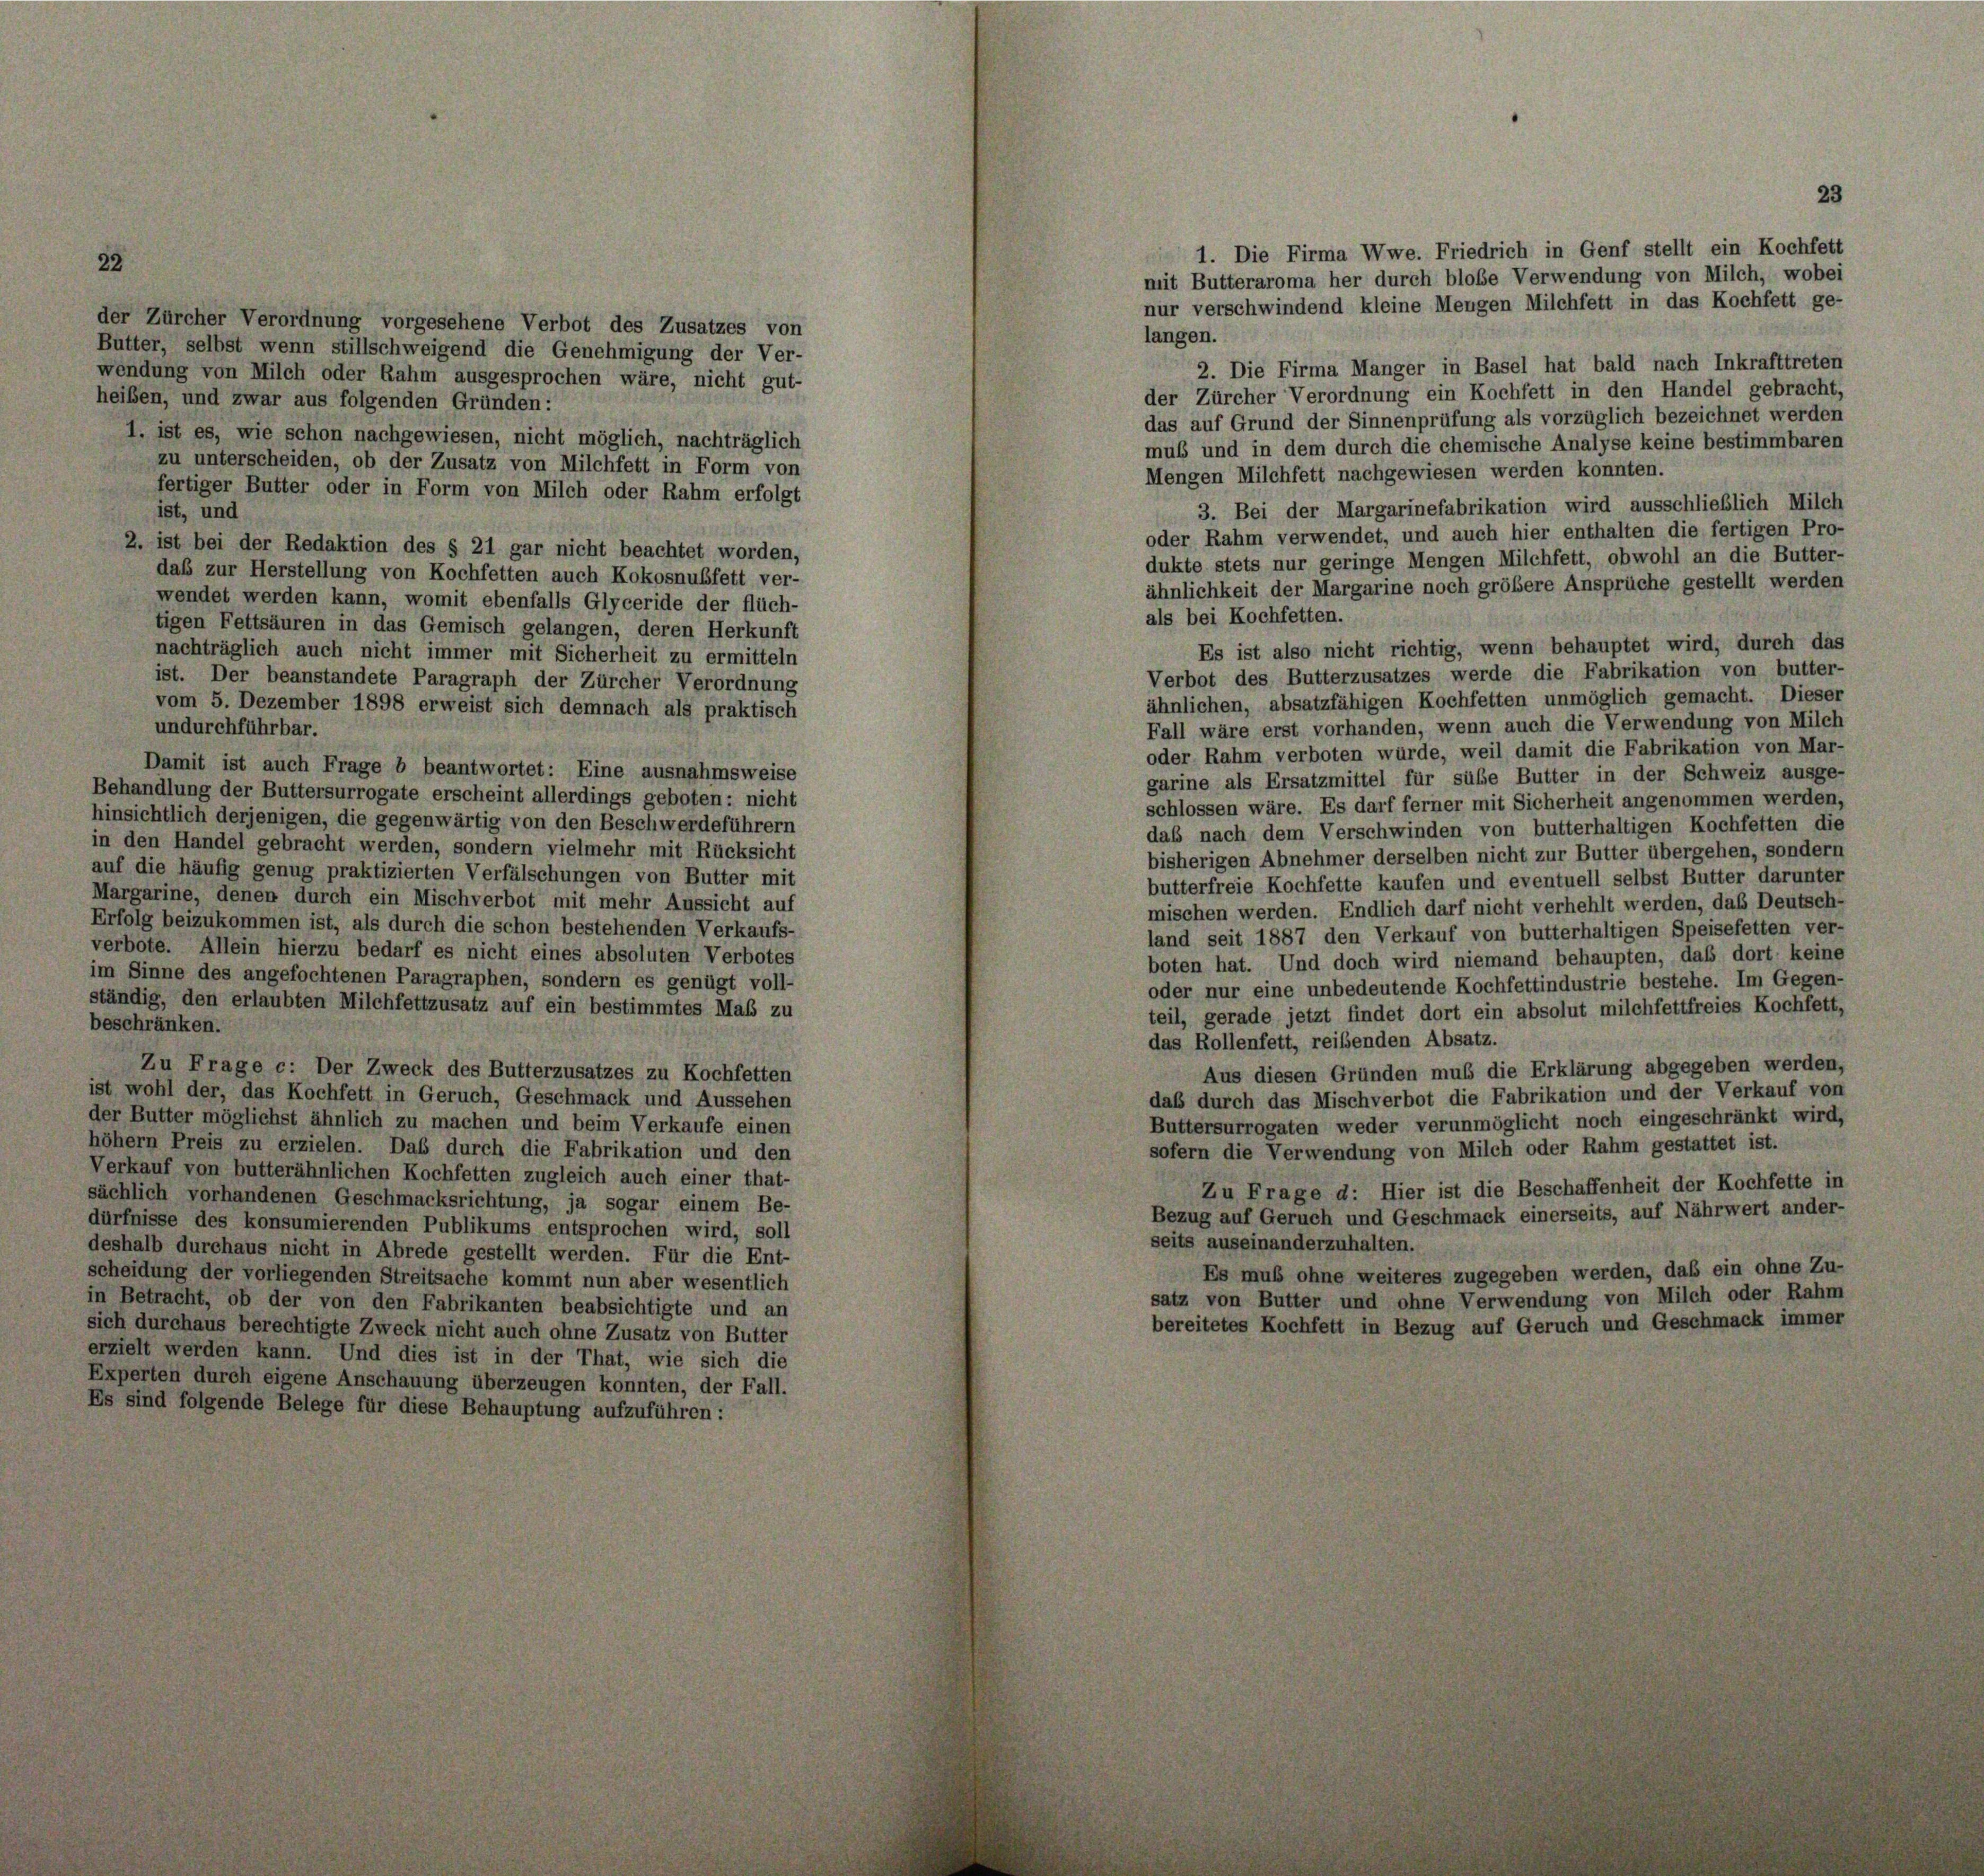
der Zürcher Verordnung vorgesehene Verbot des Zusatzes von
Butter, selbst wenn stillschweigend die Genehmigung der Ver-
wendung von Milch oder Rahm ausgesprochen wäre, nicht gut-
heiben, und zwar aus folgenden Gründen:
1. ist es, wie schon nachgewiesen, nicht möglich, nachträglich
zu unterscheiden, ob der Zusatz von Milchfett in Form von
fertiger Butter oder in Form von Milch oder Rahm erfolgt
ist, und
2. ist bei der Redaktion des § 21 gar nicht beachtet worden,
daß zur Herstellung von Kochfetten auch Kokosnubfett ver-
wendet werden kann, womit ebenfalls Glyceride der flüch-
tigen Fettsäuren in das Gemisch gelangen, deren Herkunft
nachträglich auch nicht immer mit Sicherheit zu ermitteln
ist. Der beanstandete Paragraph der Zürcher Verordnung
vom 5. Dezember 1898 erweist sich demnach als praktisch
undurchführbar.
Damit ist auch Frage b beantwortet: Eine ausnahmsweise
Behandlung der Buttersurrogate erscheint allerdings geboten: nicht
hinsichtlich derjenigen, die gegenwärtig von den Beschwerdeführern
in den Handel gebracht werden, sondern vielmehr mit Rücksicht
auf die häufig genug praktizierten Verfälschungen von Butter mit
Margarine, denen durch ein Mischverbot mit mehr Aussicht auf
Erfolg beizukommen ist, als durch die schon bestehenden Verkaufs-
verbote. Allein hierzu bedarf es nicht eines absoluten Verbotes
im Sinne des angefochtenen Paragraphen, sondern es genügt voll-
ständig, den erlaubten Milchfettzusatz auf ein bestimmtes Maß zu
beschränken.
Zu Frage c: Der Zweck des Butterzusatzes zu Kochfetten
ist wohl der, das Kochfett in Geruch, Geschmack und Aussehen
der Butter möglichst ähnlich zu machen und beim Verkaufe einen
höhern Preis zu erzielen. Das durch die Fabrikation und den
Verkauf von butterähnlichen Kochfetten zugleich auch einer that-
sächlich vorhandenen Geschmacksrichtung, ja sogar einem Be-
dürfnisse des konsumierenden Publikums entsprochen wird, soll
deshalb durchaus nicht in Abrede gestellt werden. Für die Ent-
scheidung der vorliegenden Streitsache kommt nun aber wesentlich
in Betracht, ob der von den Fabrikanten beabsichtigte und an
sich durchaus berechtigte Zweck nicht auch ohne Zusatz von Butter
erzielt werden kann. Und dies ist in der That, wie sich die
Experten durch eigene Anschauung überzeugen konnten, der Fall.
Es sind folgende Belege für diese Behauptung aufzuführen:

1. Die Firma Wwe. Friedrich in Genf stellt ein Kochfett
mit Butteraroma her durch blobe Verwendung von Milch, wobei
nur verschwindend kleine Mengen Milchfett in das Kochfett ge-
langen.
2. Die Firma Manger in Basel hat bald nach Inkrafttreten
der Zürcher Verordnung ein Kochfett in den Handel gebracht,
das auf Grund der Sinnenprüfung als vorzüglich bezeichnet werden
mus und in dem durch die chemische Analyse keine bestimmbaren
Mengen Milchfett nachgewiesen werden konnten.
3. Bei der Margarinefabrikation wird ausschließlich Milch
oder Rahm verwendet, und auch hier enthalten die fertigen Pro-
dukte stets nur geringe Mengen Milchfett, obwohl an die Butter-
ähnlichkeit der Margarine noch größere Ansprüche gestellt werden
als bei Kochfetten.
Es ist also nicht richtig, wenn behauptet wird, durch das
Verbot des Butterzusatzes werde die Fabrikation von butter-
ähnlichen, absatzfähigen Kochfetten unmöglich gemacht. Dieser
Fall wäre erst vorhanden, wenn auch die Verwendung von Milch
oder Rahm verboten würde, weil damit die Fabrikation von Mar-
garine als Ersatzmittel für sübe Butter in der Schweiz ausge-
schlossen wäre. Es darf ferner mit Sicherheit angenommen werden,
daß nach dem Verschwinden von butterhaltigen Kochfetten die
bisherigen Abnehmer derselben nicht zur Butter übergehen, sondern
butterfreie Kochfette kaufen und eventuell selbst Butter darunter
mischen werden. Endlich darf nicht verhehlt werden, das Deutsch-
land seit 1887 den Verkauf von butterhaltigen Speisefetten ver-
boten hat. Und doch wird niemand behaupten, daß dort keine
oder nur eine unbedeutende Kochfettindustrie bestehe. Im Gegen-
teil, gerade jetzt findet dort ein absolut milchfettfreies Kochfett,
das Rollenfett, reibenden Absatz.
Aus diesen Gründen muß die Erklärung abgegeben werden,
daß durch das Mischverbot die Fabrikation und der Verkauf von
Buttersurrogaten weder verunmöglicht noch eingeschränkt wird,
sofern die Verwendung von Milch oder Rahm gestattet ist.
Zu Frage d: Hier ist die Beschaffenheit der Kochfette in
Bezug auf Geruch und Geschmack einerseits, auf Nährwert ander-
seits auseinanderzuhalten.
Es muß ohne weiteres zugegeben werden, daß ein ohne Zu-
satz von Butter und ohne Verwendung von Milch oder Rahm
bereitetes Kochfett in Bezug auf Geruch und Geschmack immer

23